Lunatic asylums Punjab 1868-1880 - 1868-1880
Year: 1868
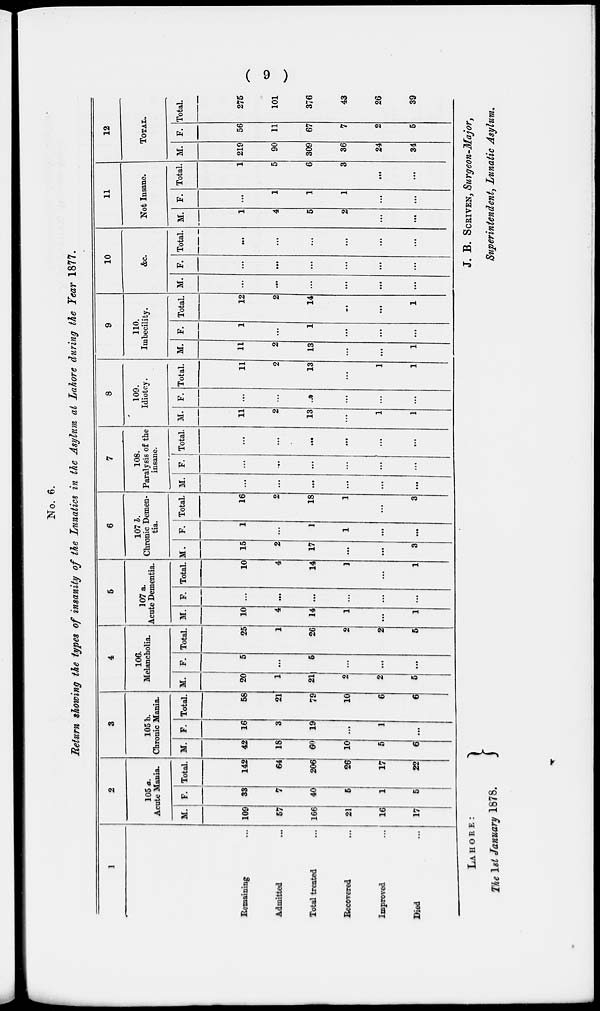
( 9 )
No. 6.
Return showing the types of insanity of the Lunatics in the Asylum at Lahore during the Year 1877.
1
Remaining ...
Admitted ...
Total treated ...
Recovered ...
Improved ...
Died ...
2
105 a.
Acute Mania.
M.
109
57
166
21
16
17
F
33
7
40
5
1
5
Total.
142
64
206
26
17
22
3
105 b.
Chronic Mania.
M.
42
18
60
10
5
6
F.
16
3
19
...
1
...
Total.
58
21
79
10
6
6
4
106.
Melancholia.
M.
20
1
21
2
2
5
F.
5
...
5
...
...
...
Total.
25
1
26
2
2
5
5
107 a.
Acute Dementia.
M.
10
4
14
1
...
1
F.
...
...
...
...
...
...
Total.
10
4
14
1
...
1
6
107 b.
Chronic Demen-
tia.
M.
15
2
17
...
...
3
F.
1
...
1
1
...
...
Total.
16
2
18
1
...
3
7
108.
Paralysis of the
insane.
M.
...
...
...
...
...
...
F.
...
...
...
...
...
...
Total.
...
...
...
...
...
...
8
109.
Idiotcy.
M.
11
2
13
...
1
1
F.
...
...
...
...
...
...
Total.
11
2
13
...
1
1
9
110.
Imbecility.
M.
11
2
13
...
...
1
F.
1
...
1
...
...
...
Total.
12
2
14
...
...
1
10
&c.
M.
...
...
...
...
...
...
F.
...
...
...
...
...
...
Total.
...
...
...
...
...
...
11
Not Insane.
M.
1
4
5
2
...
...
F.
...
1
1
1
...
...
Total.
1
5
6
3
...
...
12
TOTAL.
M.
219
90
309
36
24
34
F.
56
11
67
7
2
5
Total.
275
101
376
43
26
39
LAHORE:
The 1st January 1878.
J. B. SCRIVEN, Surgeon-Major,
Superintendent, Lunatic Asylum.